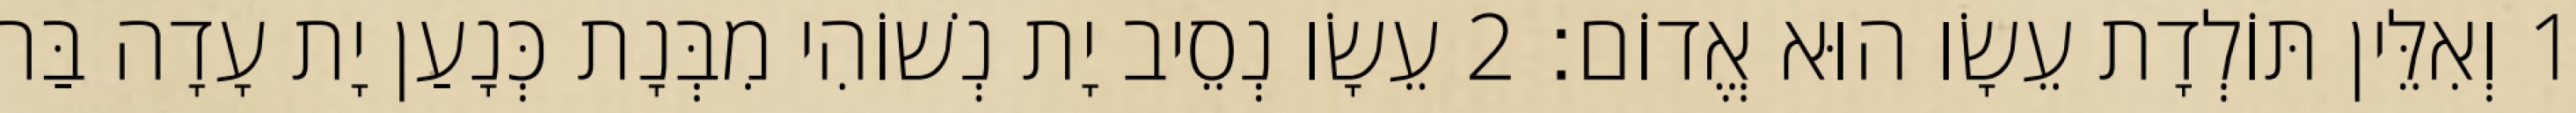
1 וְאִלֵּין תּוֹלְדָת עֵשָׂו הוּא אֱדוֹם׃ 2 עֵשָׂו נְסֵיב יָת נְשׁוֹהִי מִבְּנָת כְּנָעַן יָת עָדָה בַּת